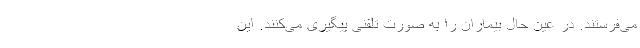
می‌فرستند. در عین حال بیماران را به صورت تلفنی پیگیری می‌کنند. این